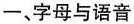
一、字母与语音